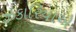
ઝકારિયાએ